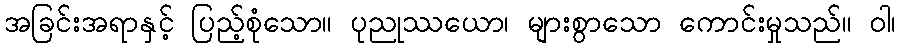
အခြင်းအရာနှင့် ပြည့်စုံသော။ ပုညုဿယော၊ များစွာသော ကောင်းမှုသည်။ ဝါ၊